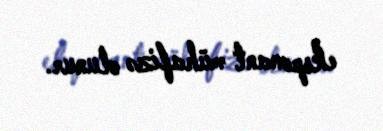
eksponant mühafizə olunur.